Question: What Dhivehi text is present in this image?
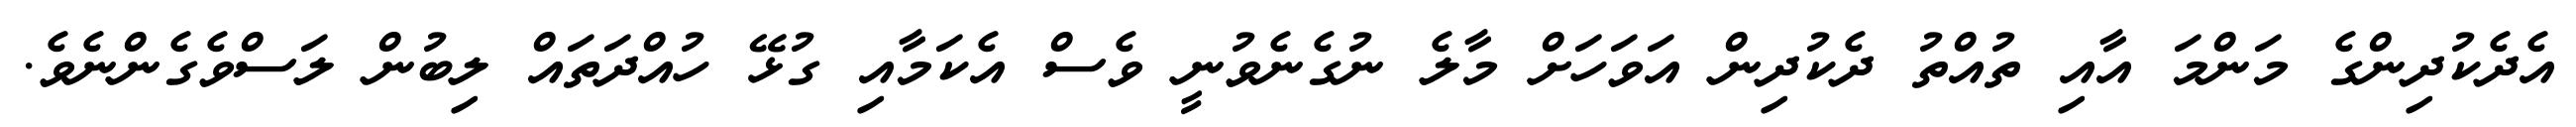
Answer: އެދެކުދިންގެ މަންމަ އާއި ތުއްތު ދެކުދިން އަވަހަށް މާލެ ނުގެނެވުނީ ވެސް އެކަމާއި ގުޅޭ ހުއްދަތައް ލިބުން ލަސްވެގެންނެވެ.